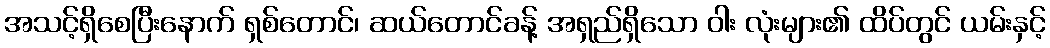
အသင့်ရှိစေပြီးနောက် ရှစ်တောင်၊ ဆယ်တောင်ခန့် အရှည်ရှိသော ဝါး လုံးများ၏ ထိပ်တွင် ယမ်းနှင့်